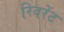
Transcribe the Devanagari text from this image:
रिवरेंट